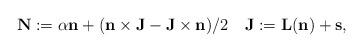
LaTeX: \begin{align*}{\bf N}:={\alpha}{\bf n}+({\bf n}\times{\bf J}-{\bf J}\times{\bf n})/2\quad{\bf J}:={\bf L}({\bf n})+{\bf s},\end{align*}